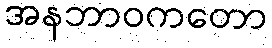
အနဘာဝကတော